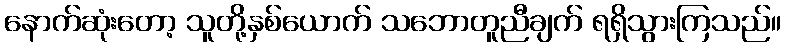
နောက်ဆုံးတော့ သူတို့နှစ်ယောက် သဘောတူညီချက် ရရှိသွားကြသည်။